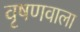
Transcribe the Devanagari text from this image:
वृषणवाला